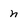
Character: n